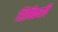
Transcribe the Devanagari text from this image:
शिबिकादि